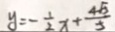
y = - \frac { 1 } { 2 } x + \frac { 4 \sqrt { 3 } } { 5 }